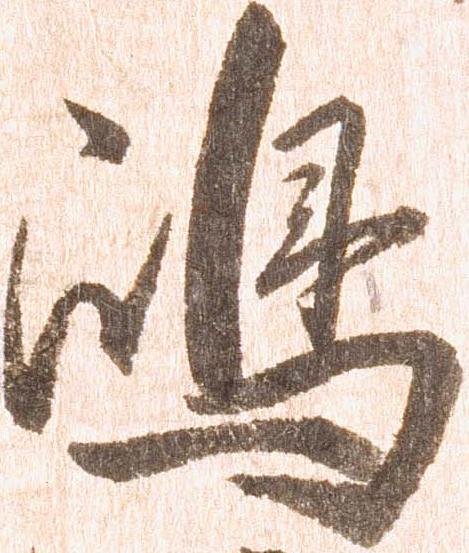
嶋